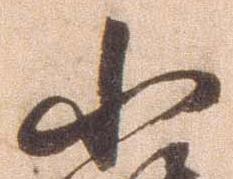
小